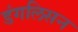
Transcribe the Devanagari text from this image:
डंगलिसन